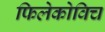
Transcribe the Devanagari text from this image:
फिलेकोविच